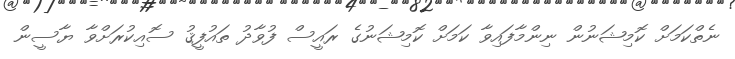
ނެތްކަމަށް ކޮމިޝަނުން ނިންމާފައިވާ ކަމަށް ކޮމިޝަނުގެ ރައީސް ފުވާދު ތައުފީޤު ސޮއިކުރަށްވާ ޔާސީން